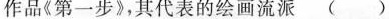
作品《第一步》，其代表的绘画流派()